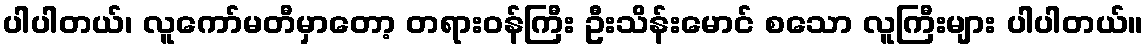
ပါပါတယ်၊ လူကော်မတီမှာတော့ တရားဝန်ကြီး ဦးသိန်းမောင် စသော လူကြီးများ ပါပါတယ်။